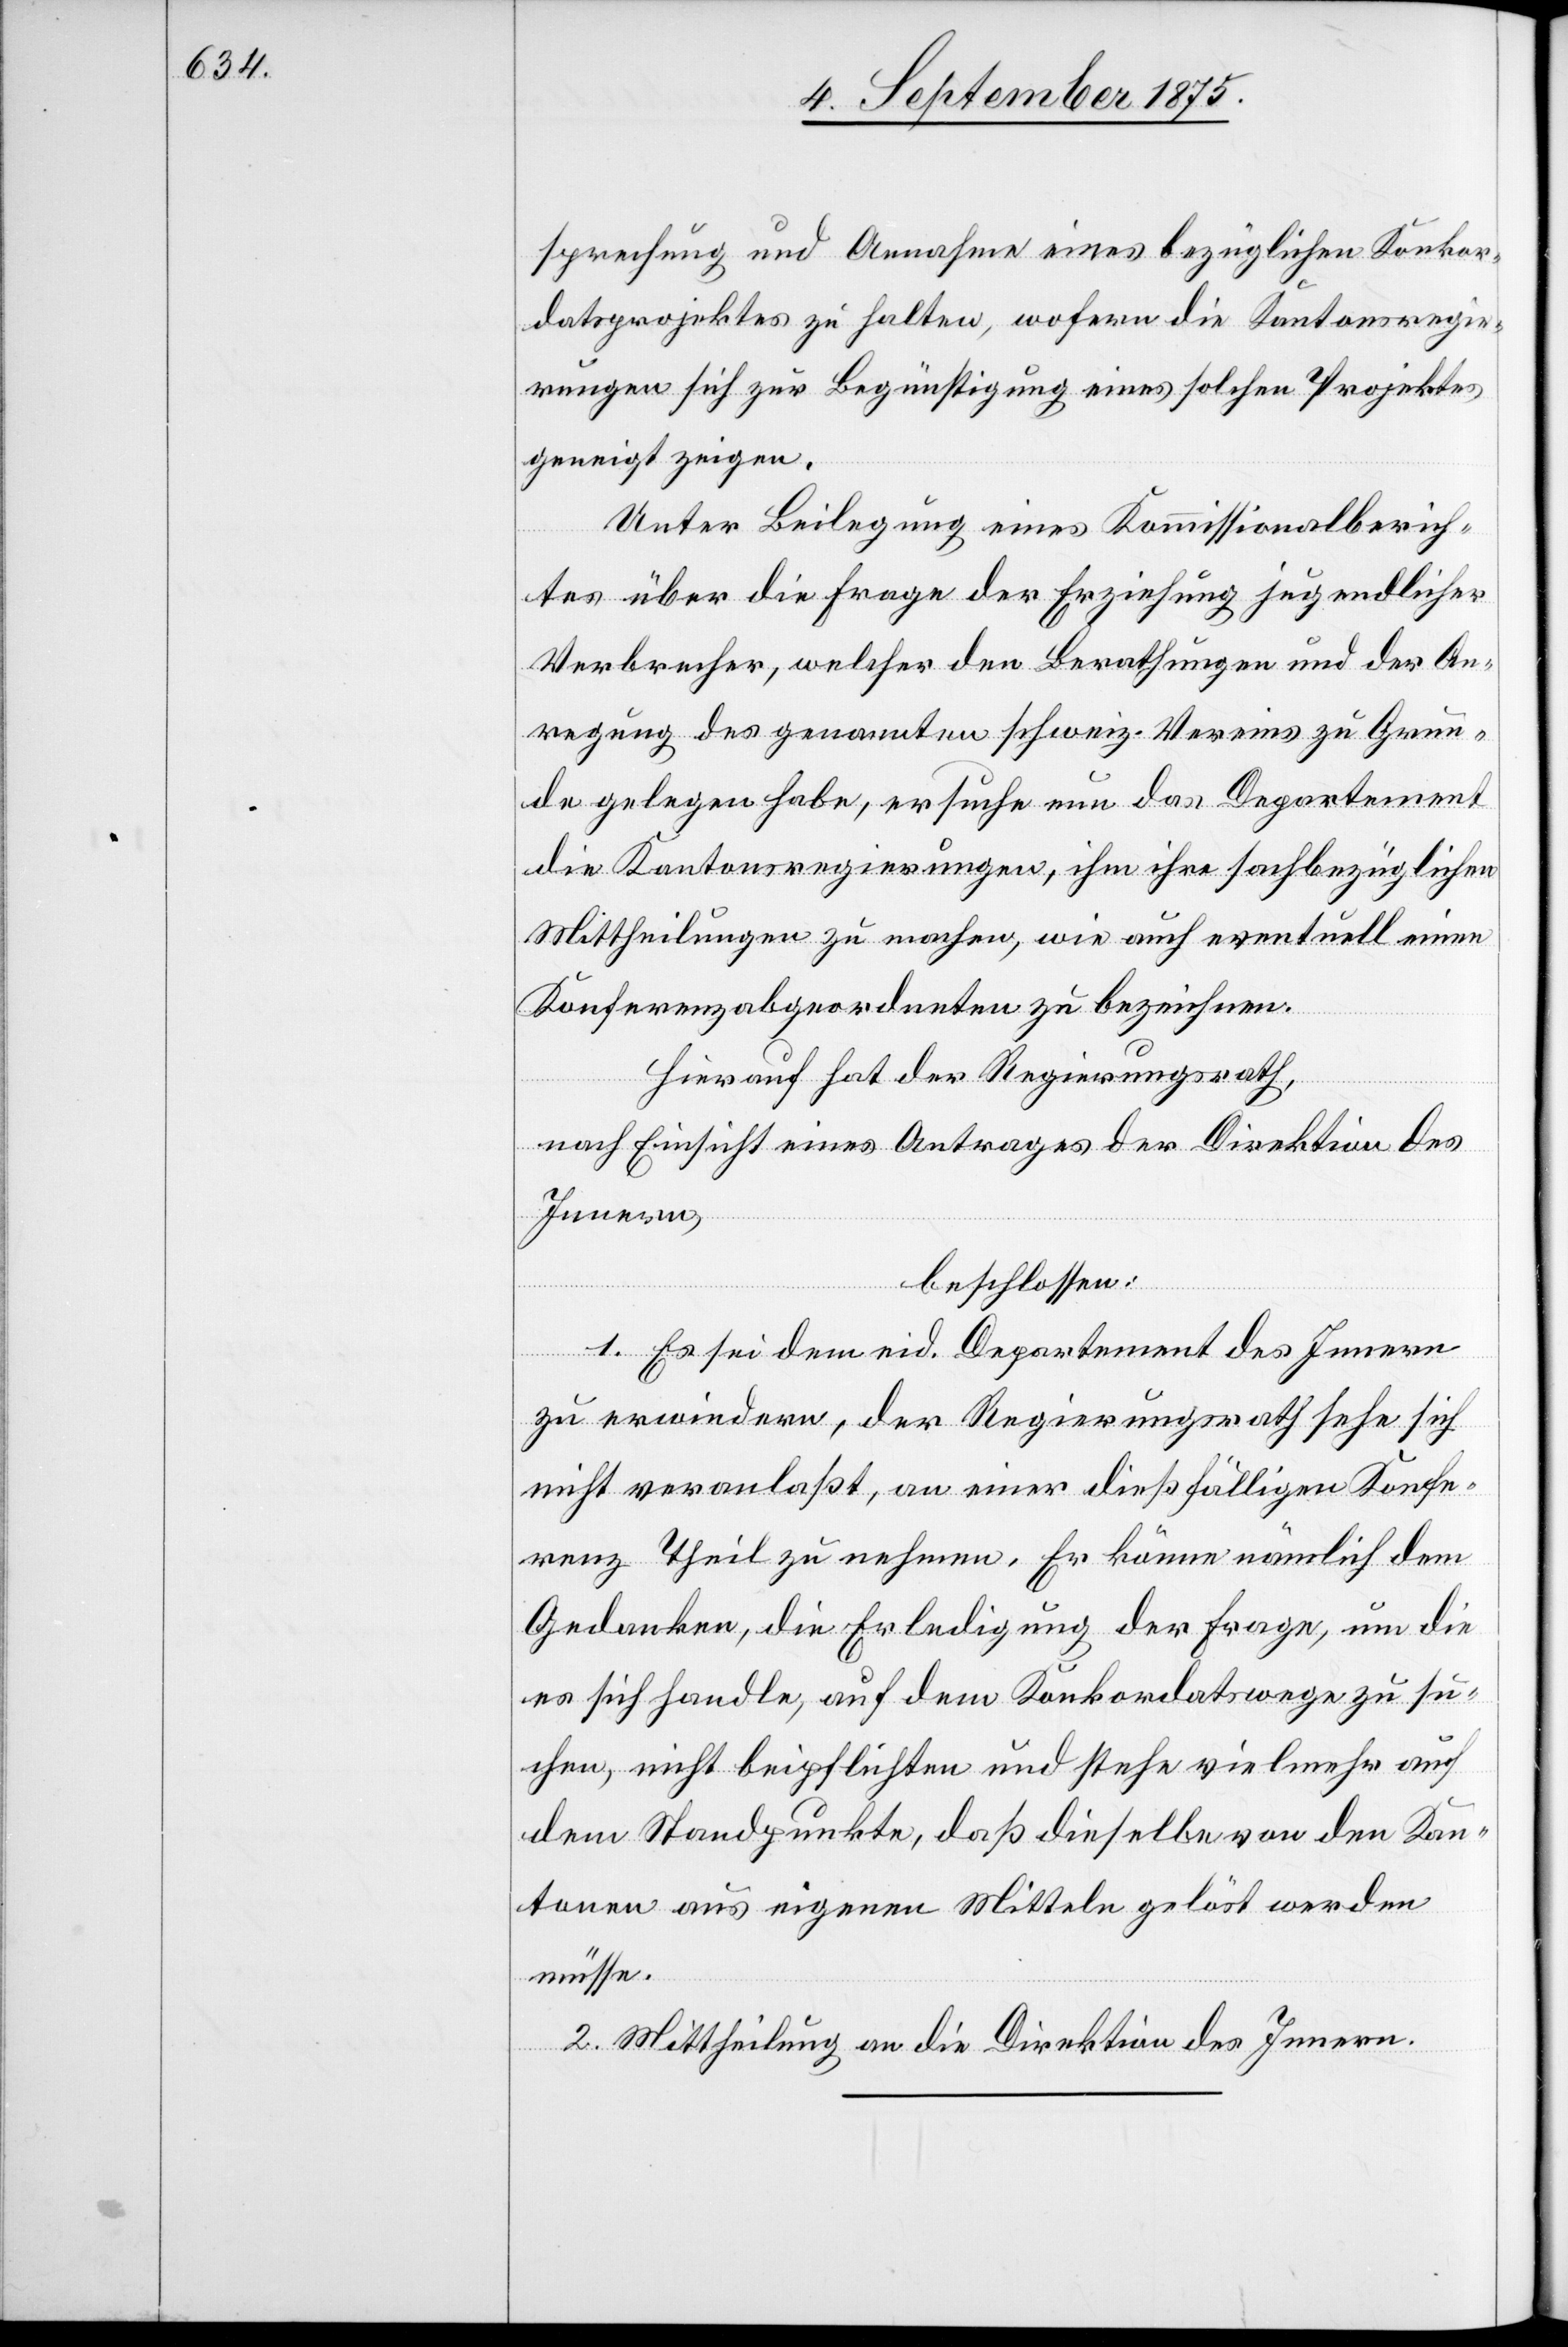
sprechnung und Annahme eines bezüglichen Konkor¬
datsprojektes zu halten, wofern die Kantonsregie¬
rungen sich zur Begünstigung eines solchen Projektes
geneigt zeigen.
Unter Beilegung eines Kommissionsberich¬
tes über die Frage der Erziehung jugendlicher
Verbrecher, welcher den Behandlungen und der An¬
regung des genannten schweiz. Vereins zu Grun¬
de gelegen habe, ersuche nun das Departement
die Kantonsregierungen, ihm ihre sachbezüglichen
Mittheilungen zu machen, wie auch eventuell einen
Konferenzabgeordneten zu bezeichnen.
Hierauf hat der Regierungsrath,
nach Einsicht eines Antrages der Direktion des
Innern,
beschlossen:
1. Es sei dem eid. Departement des Innern
zu erwiedern, der Regierungsrath sehe sich
nicht veranlaßt, an einer dießfälligen Konfe¬
renz Theil zu nehmen. Er käme nämlich dem
Gedanken, die Erledigung der Frage, um die
es sich handle, auf dem Konkordatswege zu su¬
chen, nicht beipflichten und stehe vielmehr auf
dem Standpunkte, daß dieselbe von den Kan¬
tonen aus eigenen Mitteln gelöst werden
müsse.
2. Mittheilung an die Direktion des Innern.